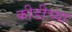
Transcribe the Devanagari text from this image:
कीडीच्या